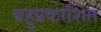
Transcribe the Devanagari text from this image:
बहुप्रकाशित